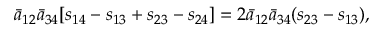
{ \bar { a } } _ { 1 2 } { \bar { a } } _ { 3 4 } [ s _ { 1 4 } - s _ { 1 3 } + s _ { 2 3 } - s _ { 2 4 } ] = 2 { \bar { a } } _ { 1 2 } { \bar { a } } _ { 3 4 } ( s _ { 2 3 } - s _ { 1 3 } ) ,